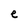
Character: e